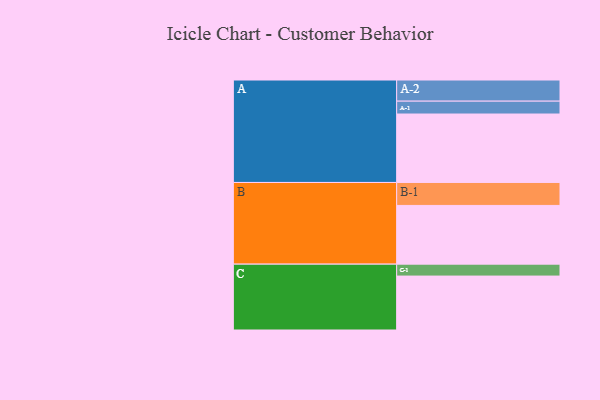
{"axis": {"x": "Segment", "y": "Value"}, "legend": ["", "A", "B", "C"], "data": [{"x": "A", "y": 557, "type": ""}, {"x": "B", "y": 478, "type": ""}, {"x": "C", "y": 439, "type": ""}, {"x": "A-1", "y": 105, "type": "A"}, {"x": "A-2", "y": 172, "type": "A"}, {"x": "B-1", "y": 187, "type": "B"}, {"x": "C-1", "y": 97, "type": "C"}]}